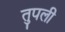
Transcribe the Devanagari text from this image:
तुपली